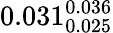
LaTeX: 0.031_{0.025}^{0.036}